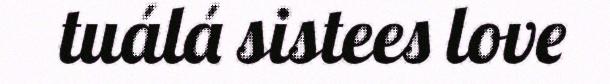
tuálá sistees love